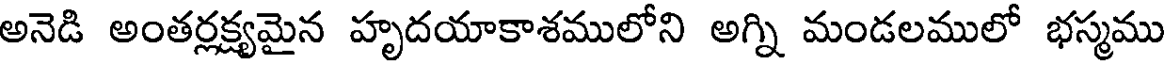
అనెడి అంతర్లక్ష్యమైన హృదయాకాశములోని అగ్ని మండలములో భస్మము